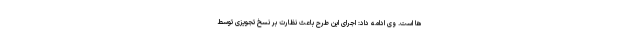
ها است. وی ادامه داد: اجرای این طرح باعث نظارت بر نسخ تجویزی توسط